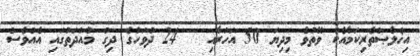
އިޚްލާޞްތެރިކަމާއެކު ވޭތުވެ މިދިޔަ 50 އަހަރާއި   24 ދުވަހުގެ ދިގު މުއްދަތުގައި އެއްވެސް